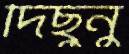
দিছুনু